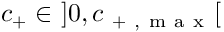
c _ { + } \in \ ] 0 , c _ { \mathrm { ~ + ~ , ~ m ~ a ~ x ~ } } [